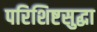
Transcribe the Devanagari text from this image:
परिशिष्टसुद्धा